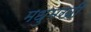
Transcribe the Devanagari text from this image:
मधुमखी